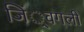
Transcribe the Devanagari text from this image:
जिं्वगली